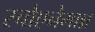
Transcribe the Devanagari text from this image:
स्चोएनेमान्न